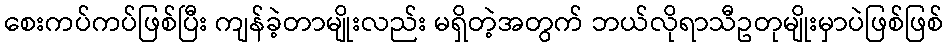
စေးကပ်ကပ်ဖြစ်ပြီး ကျန်ခဲ့တာမျိုးလည်း မရှိတဲ့အတွက် ဘယ်လိုရာသီဥတုမျိုးမှာပဲဖြစ်ဖြစ်